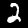
Digit: 2